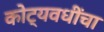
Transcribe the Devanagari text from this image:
कोट्यवधींचा